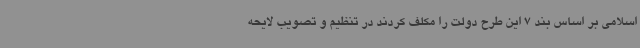
اسلامی بر اساس بند 7 این طرح دولت را مکلف کردند در تنظیم و تصویب لایحه